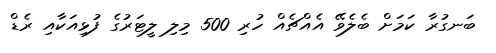
ބަނގުރާ ކަމަށް ބެލެވޭ އެއްޗެއް ހުރި 500 މިލި ލީޓަރުގެ ފުޅިއަކާއި ރެޑް